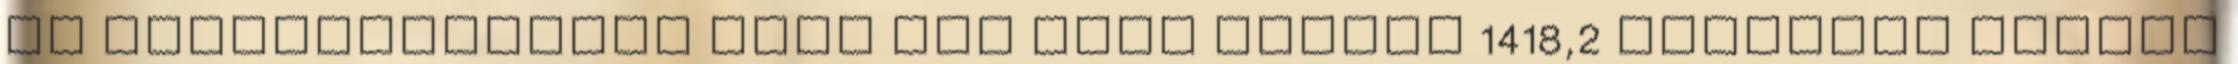
az államháztartás első tíz havi hiánya 1418,2 milliárd forint